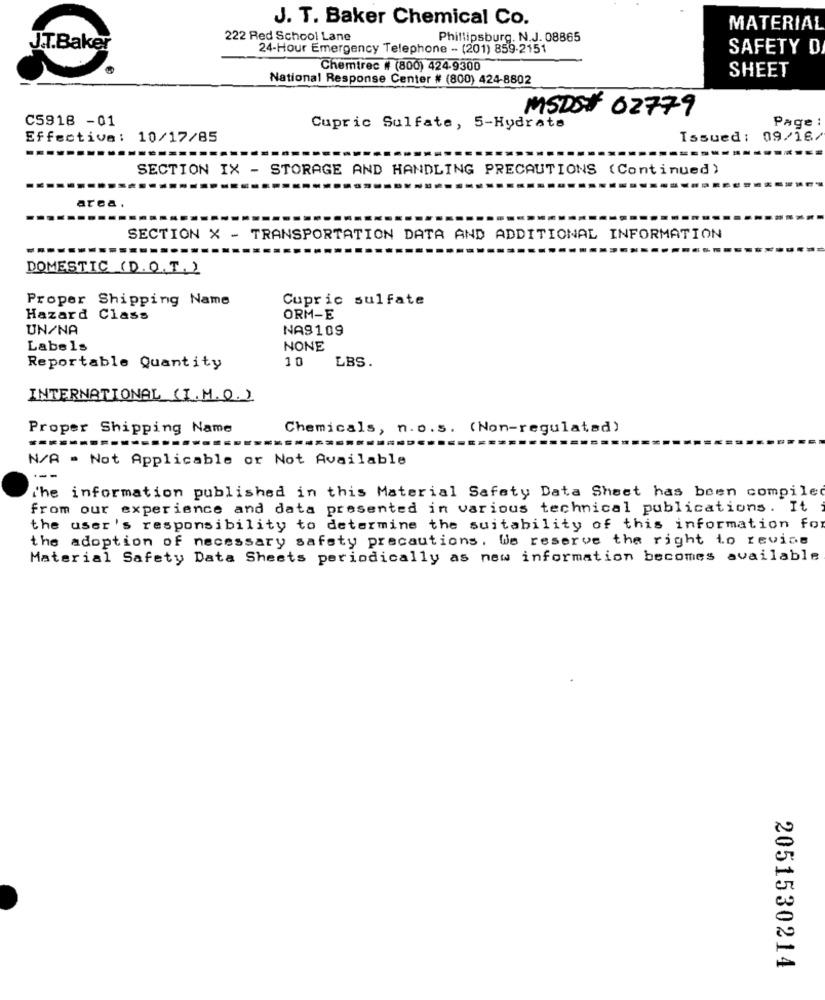
J. T. Baker Chemical Co.
MATERIAL
222 Red School Lane
Phillipsburg. N.J. 08865
J.T.Baker
24-Hour Emergency Telephone - (201) 859-2151
SAFETY D
Chemtrec # (800) 424-9300
SHEET
National Response Center # (800) 424-8802
MSDS# 02779
C5918 -01
Page :
Cupric Sulfate, 5-Hydrate
Effective: 10/17/85
Issued: 09/16.
SECTION IX - STORAGE AND HANDLING PRECAUTIONS (Continued)
area.
SECTION X - TRANSPORTATION DATA AND ADDITIONAL INFORMATION
DOMESTIC (D.O.T.)
Proper Shipping Name
Cupric sulfate
Hazard Class
ORM-E
UN/NA
NA9109
Labels
NONE
10
Reportable Quantity
LBS.
INTERNATIONAL (I. M.O.)
Proper Shipping Name
Chemicals, n.o.s. (Non-regulated)
N/A - Not Applicable or Not Available
the information published in this Material Safety Data Sheet has been compile
from our experience and data presented in various technical publications. It
the user's responsibility to determine the suitability of this information for
the adoption of necessary safety precautions, We reserve the right to revise
Material Safety Data Sheets periodically as new information becomes available
2051530214